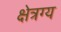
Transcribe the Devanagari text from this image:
क्षेत्रग्य